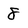
Character: 8